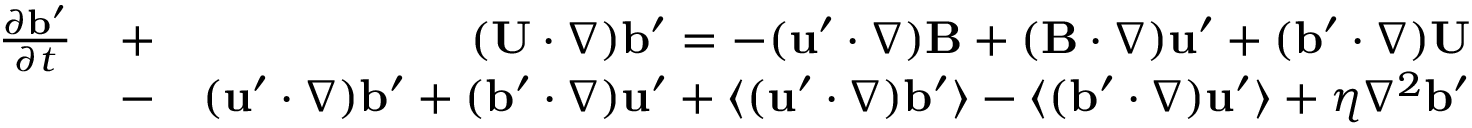
\begin{array} { r l r } { \frac { \partial { \bf { b } } ^ { \prime } } { \partial t } } & { + } & { ( { \bf { U } } \cdot \nabla ) { \bf { b } } ^ { \prime } = - ( { \bf { u } } ^ { \prime } \cdot \nabla ) { \bf { B } } + ( { \bf { B } } \cdot \nabla ) { \bf { u } } ^ { \prime } + ( { \bf { b } } ^ { \prime } \cdot \nabla ) { \bf { U } } } \\ & { - } & { ( { \bf { u } } ^ { \prime } \cdot \nabla ) { \bf { b } } ^ { \prime } + ( { \bf { b } } ^ { \prime } \cdot \nabla ) { \bf { u } } ^ { \prime } + \langle { ( { \bf { u } } ^ { \prime } \cdot \nabla ) { \bf { b } } ^ { \prime } } \rangle - \langle { ( { \bf { b } } ^ { \prime } \cdot \nabla ) { \bf { u } } ^ { \prime } } \rangle + \eta \nabla ^ { 2 } { \bf { b } } ^ { \prime } } \end{array}